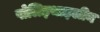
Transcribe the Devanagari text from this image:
पोलिइथाइलीन